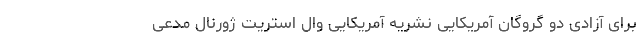
برای آزادی دو گروگان آمریکایی نشریه آمریکایی وال استریت ژورنال مدعی